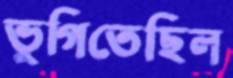
ভুগিতেছিল